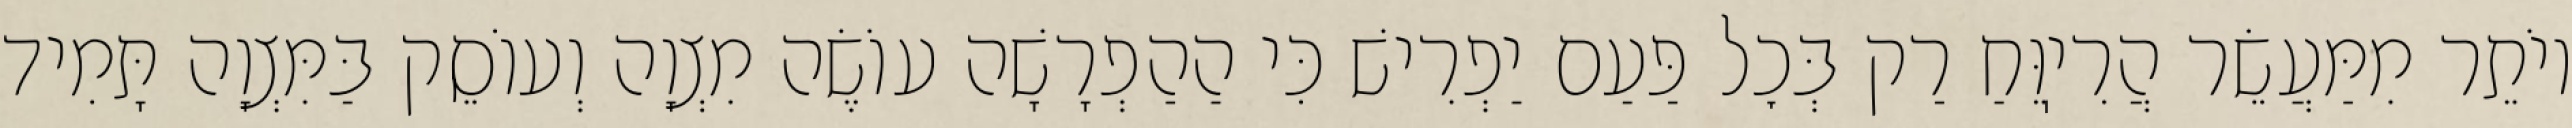
יוֹתֵר מִמַּעֲשֵׂר הֲרִיֽוֵּחַ רַק בְּכׇל פַּעַם יַפְרִישׁ כִּי הַהַפְרָשָׁה עוֹשֶׂה מִצְוָה וְעוֹסֵק בַּמִּצְוָה תָּמִיד